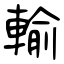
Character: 輸